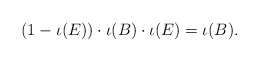
\begin{align*}(1-\iota(E)) \cdot \iota(B) \cdot \iota(E) = \iota(B).\end{align*}